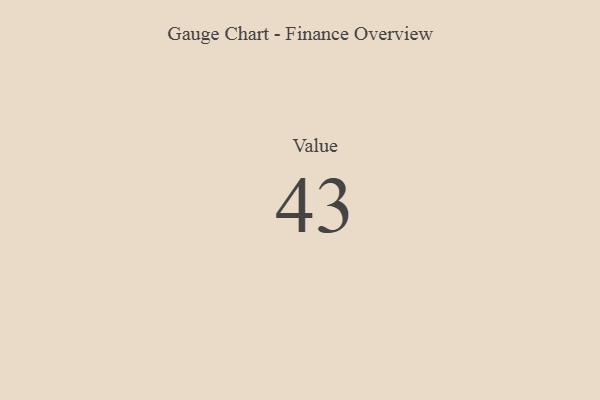
{"axis": {"x": "Metric", "y": "Value"}, "legend": [""], "data": [{"x": "Value", "y": 43, "type": ""}]}